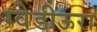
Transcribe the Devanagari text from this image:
ग्वेडीऊरा